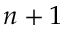
n + 1